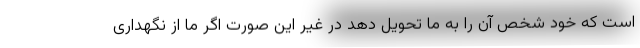
است که خود شخص آن را به ما تحویل دهد در غیر این صورت اگر ما از نگهداری